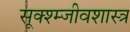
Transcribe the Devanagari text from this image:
सूक्श्म्जीवशास्त्र